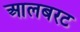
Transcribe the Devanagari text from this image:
आलबरट